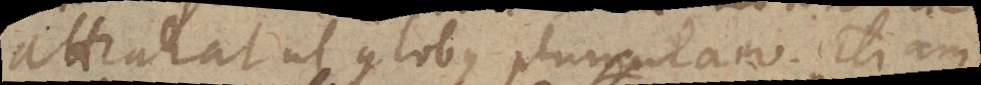
attrahat ut globus plumulam. Etiam